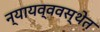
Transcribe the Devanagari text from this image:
न्यायव्ववस्थेत